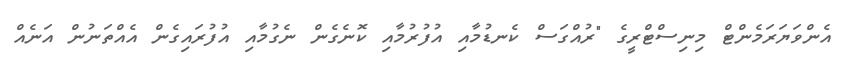
އެންވަޔަރަމެންޓް މިނިސްޓްރީގެ "ރުއްގަސް ކެނޑުމާއި އުފުރުމާއި ކޮނެގެން ނެގުމާއި އުފުރައިގެން އެއްތަނުން އަނެއް